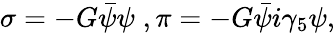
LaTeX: \sigma=-G\bar{\psi}\psi\; ,\pi=-G\bar{\psi}i\gamma_{5}\psi,